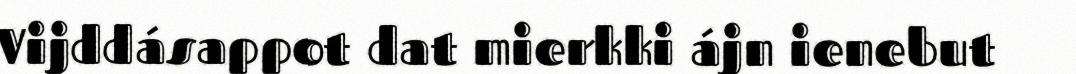
Vijddásappot dat mierkki ájn ienebut